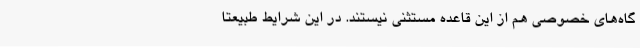
گاه‌های خصوصی هم از این قاعده مستثنی نیستند. در این شرایط طبیعتا